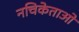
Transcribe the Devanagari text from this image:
नचिकेताओ